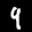
Label: 9